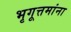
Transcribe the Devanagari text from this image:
भृगूत्तमांना